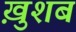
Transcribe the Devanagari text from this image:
ख़ुशब